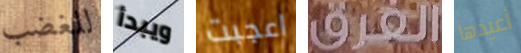
للغضب ويبدأ اعجبت الفرق أعيدها